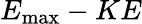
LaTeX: E_{\textrm{max}}-KE